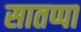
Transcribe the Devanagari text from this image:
सातप्पा